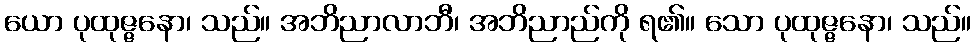
ယော ပုထုဇ္ဇနော၊ သည်။ အဘိညာလာဘီ၊ အဘိညာည်ကို ရ၏။ သော ပုထုဇ္ဇနော၊ သည်။